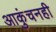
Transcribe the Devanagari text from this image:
आकुंचनही